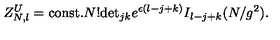
Z _ { N , l } ^ { U } = \mathrm { c o n s t . } N ! \mathrm { d e t } _ { j k } e ^ { \epsilon ( l - j + k ) } I _ { l - j + k } ( N / g ^ { 2 } ) .